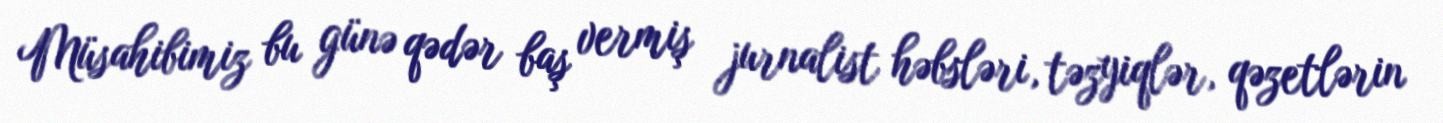
Müsahibimiz bu günə qədər baş vermiş jurnalist həbsləri, təzyiqlər, qəzetlərin